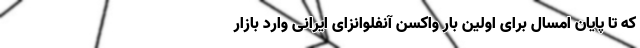
که تا پایان امسال برای اولین بار واکسن آنفلوانزای ایرانی وارد بازار